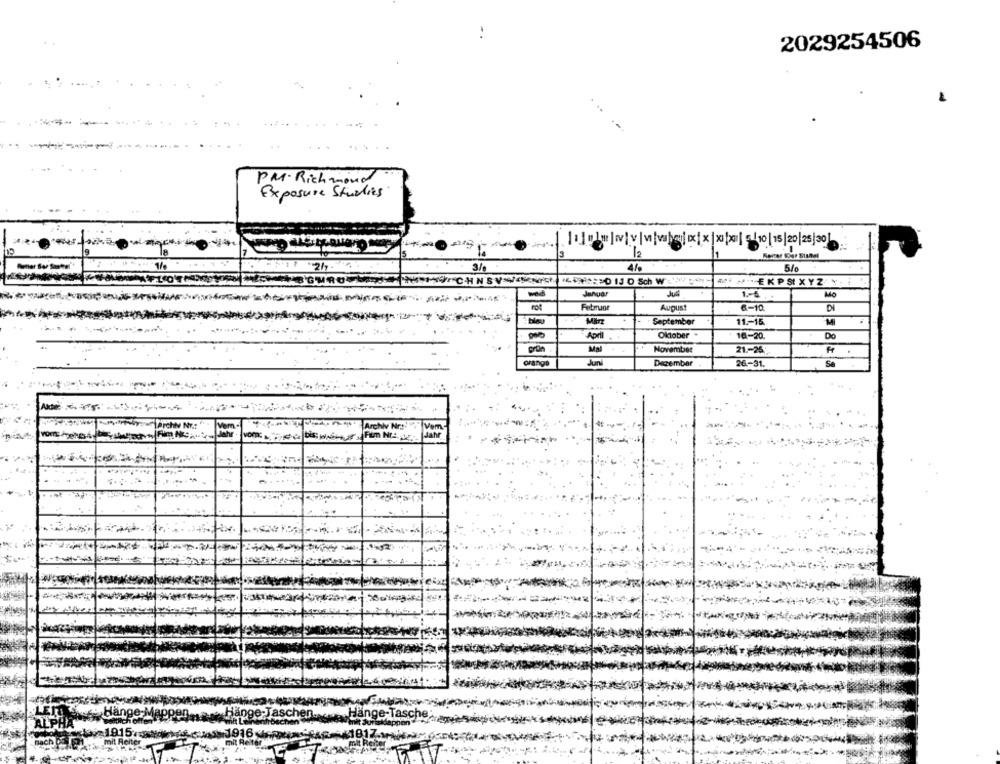
-.
2029254506
PM· Richmond
Exposure Studies.
12
41%
5%0
REKPSIXYZ ..
Januar
1-4.
Mo
August
6-10
Di
Minz
September
11 .- 15
MI
April
Oktober
16-20.
Do
Grün
Ma
November
21 .- 25:
Fr
orange
Jun
Dezember
26-31.
Se
Tarchy NY .: "
Vem
Archiv Nr:'
vom
Fim Nr: 1-
Hange Meg
coMich offen
jange-Jascher
AL
Dechen
21915-1810
1916 HARRIS
Bach
mit Reiter
mit Reite be